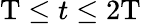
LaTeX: \mathrm{T}\leq t\leq 2\mathrm{T}